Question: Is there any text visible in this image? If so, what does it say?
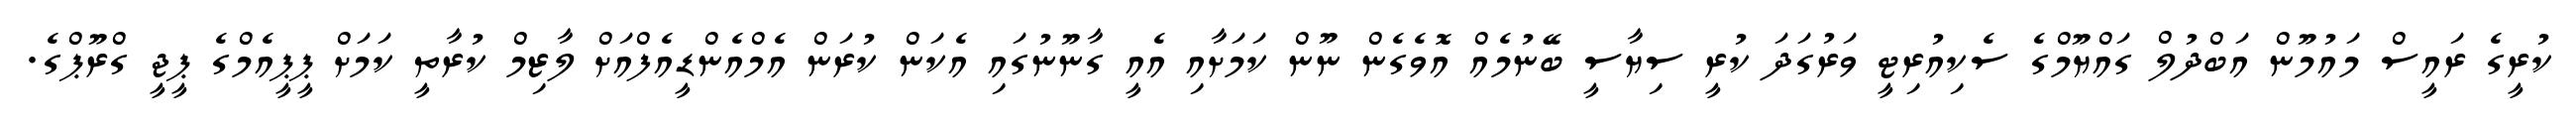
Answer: ކުރީގެ ރައީސް މައުމޫން އަބްދުލް ގައްޔޫމްގެ ސެކިއުރިޓީ ވަރުގަދަ ކުރީ ސިޔާސީ ބޭނުމެއް އޮވެގެން ނޫން ކަމަށާއި އެއީ ގާނޫނުގައި އެކަން ކުރަން އެމްއެންޑީއެފްއަށް ލާޒިމް ކުރާތީ ކަމަށް ޕީޕީއެމްގެ ޕީޖީ ގްރޫޕްގެ.